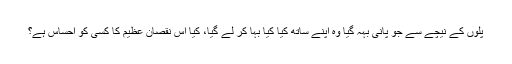
پلوں کے نیچے سے جو پانی بہہ گیا وہ اپنے ساتھ کیا کیا بہا کر لے گیا، کیا اس نقصان عظیم کا کسی کو احساس ہے؟